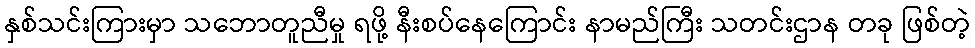
နှစ်သင်းကြားမှာ သဘောတူညီမှု ရဖို့ နီးစပ်နေကြောင်း နာမည်ကြီး သတင်းဌာန တခု ဖြစ်တဲ့